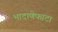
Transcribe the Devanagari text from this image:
भादाणेफाटा